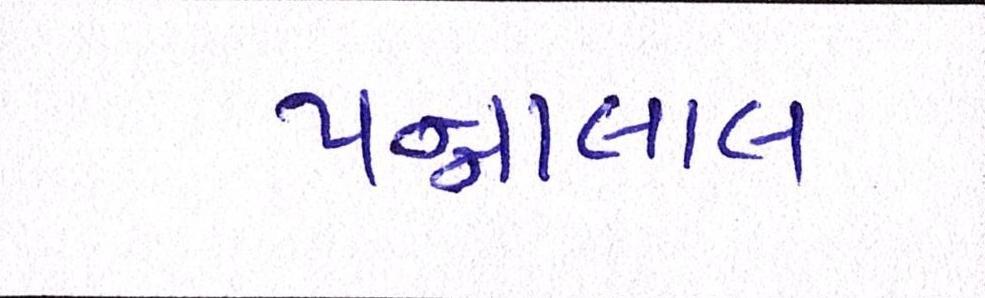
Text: પન્નાલાલ